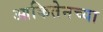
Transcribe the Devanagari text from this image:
आकितेनच्या